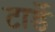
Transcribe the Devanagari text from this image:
टार्डे